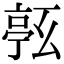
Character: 𠅹